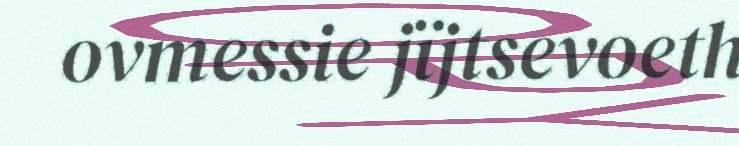
ovmessie jïjtsevoeth